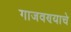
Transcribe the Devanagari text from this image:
गाजवण्याचे